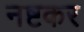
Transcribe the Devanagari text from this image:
नष्टकर